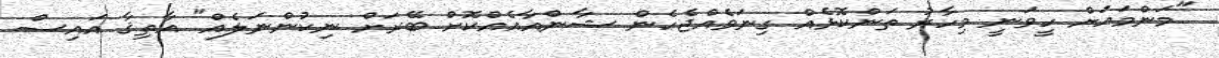
"މަންމައަށް ހީވަނީ މިހާރު ތަންކޮޅެއް ގިނަވެއްޖެހެން ޝާންއާއެއްކޮށް ބޭރަށް ނިކުންނަލެއް" އާތިޤާ އައިސް